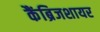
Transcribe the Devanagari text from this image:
कैंब्रिजशायर